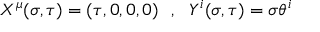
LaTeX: X ^ { \mu } ( \sigma , \tau ) = ( \tau , 0 , 0 , 0 ) ~ ~ , ~ ~ Y ^ { i } ( \sigma , \tau ) = \sigma \theta ^ { i }